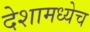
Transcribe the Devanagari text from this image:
देशामध्येच